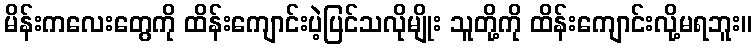
မိန်းကလေးတွေကို ထိန်းကျောင်းပဲ့ပြင်သလိုမျိုး သူတို့ကို ထိန်းကျောင်းလို့မရဘူး။